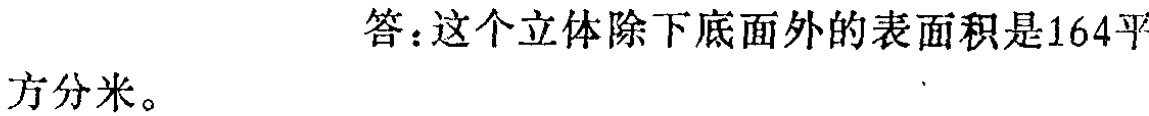
答：这个立体除下底面外的表面积是164平方分米。